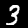
Digit: 3